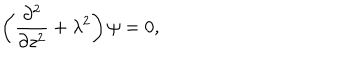
\left( { \frac { \partial ^ { 2 } } { \partial z ^ { 2 } } } + \lambda ^ { 2 } \right) \psi = 0 ,